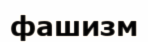
фашизм